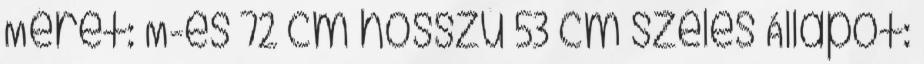
Méret: M-es 72 cm hosszú 53 cm széles Állapot: